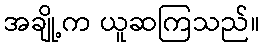
အချို့က ယူဆကြသည်။